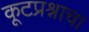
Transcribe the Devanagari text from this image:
कूटप्रश्नाचा